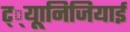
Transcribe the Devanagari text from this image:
ट््यूानिजियाई